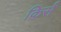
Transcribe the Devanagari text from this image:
किर्स